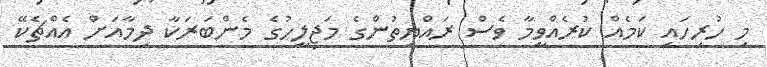
މި ހުރިހައި ކަމެއް ކުރެއްވީމާ ވެސް ރައްޔިތުންގެ މަޖިލީހުގެ މެންބަރަކާ ދިމާއަށް އެއްޗެކޭ